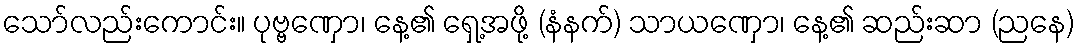
သော်လည်းကောင်း။ ပုဗ္ဗဏှော၊ နေ့၏ ရှေ့အဖို့ (နံနက်) သာယဏှော၊ နေ့၏ ဆည်းဆာ (ညနေ)